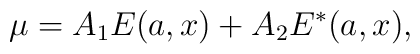
\mu = A_1E(a,x)+A_2E^*(a,x),